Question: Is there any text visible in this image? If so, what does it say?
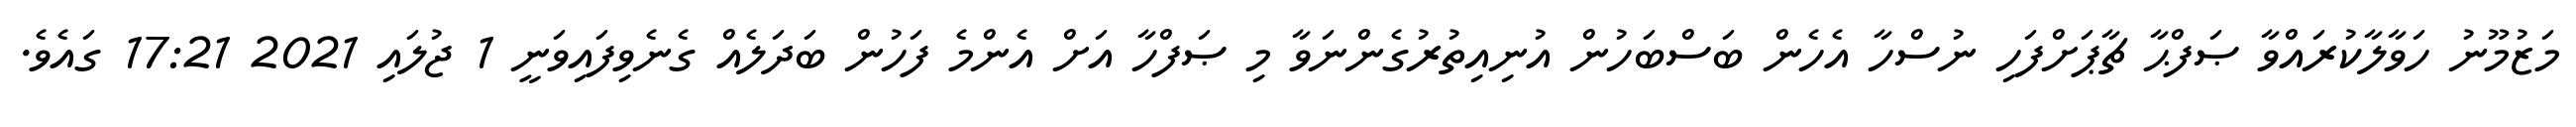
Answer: މަޒުމޫނު ހަވާލާކުރައްވާ ޞަފްޙާ ޗާޕަށްފަހި ނުސްހާ އެހެން ބަސްބަހުން އުނިއިތުރުގެންނަވާ މި ޞަފްހާ އަށް އެންމެ ފަހުން ބަދަލެއް ގެނެވިފައިވަނީ 1 ޖުލައި 2021 17:21 ގައެވެ.